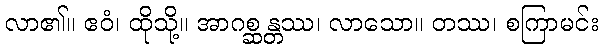
လာ၏။ ဧဝံ၊ ထိုသို့။ အာဂစ္ဆန္တဿ၊ လာသော။ တဿ၊ စကြာမင်း